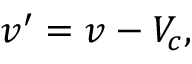
v ^ { \prime } = v - V _ { c } ,